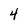
Character: 4